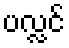
ပလ္လင်